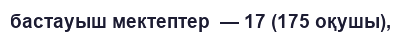
бастауыш мектептер  — 17 (175 оқушы),